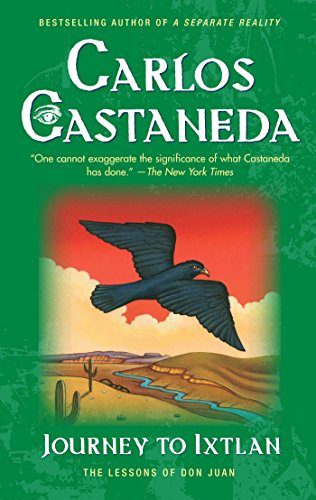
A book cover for Journey to Ixtlan: The Lessons of Don Juan; Carlos Castaneda; Religion & Spirituality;